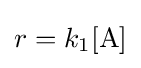
r=k_{1}[\mathrm {A} ]